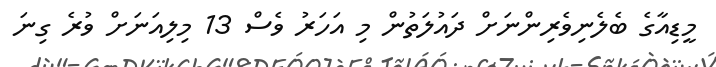
މީޑިއާގެ ބެލެނިވެރިންނަށް ދައުލަތުން މި އަހަރު ވެސް 13 މިލިއަނަށް ވުރެ ގިނަ